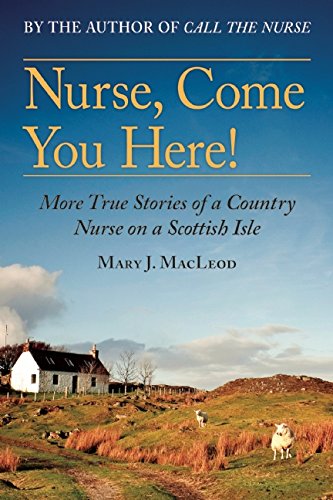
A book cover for Nurse, Come You Here!: More True Stories of a Country Nurse on a Scottish Isle; Mary J MacLeod; Biographies & Memoirs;